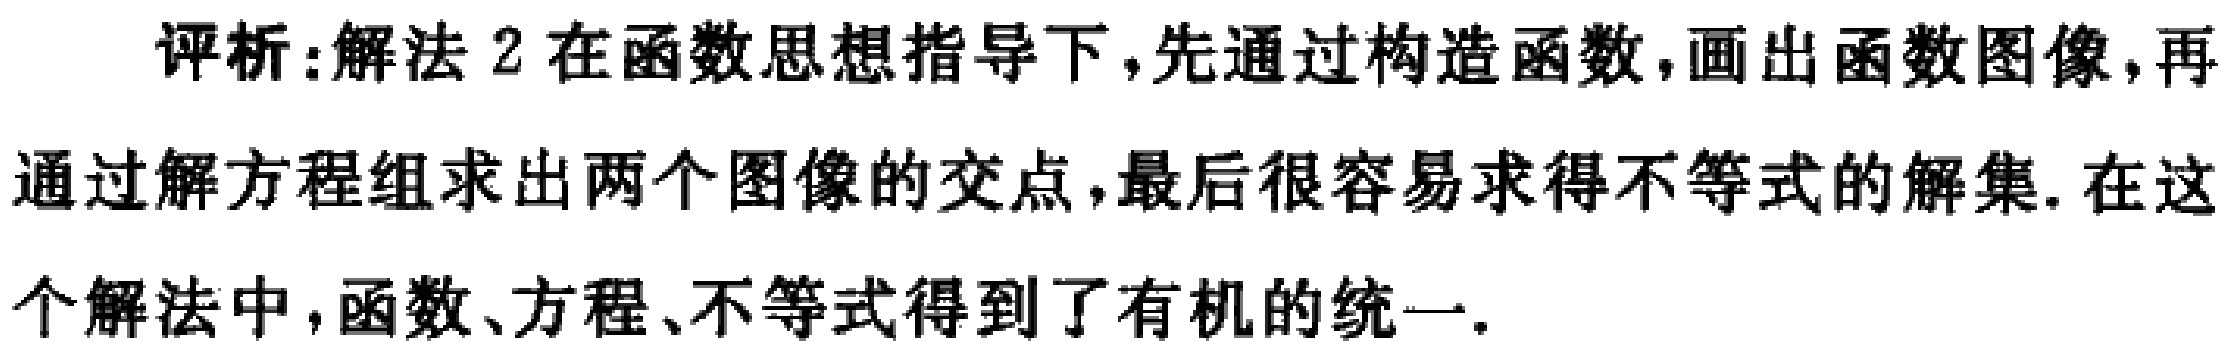
评析:解法 2 在函数思想指导下,先通过构造函数,画出函数图像,再通过解方程组求出两个图像的交点,最后很容易求得不等式的解集.在这个解法中,函数、方程、不等式得到了有机的统一.